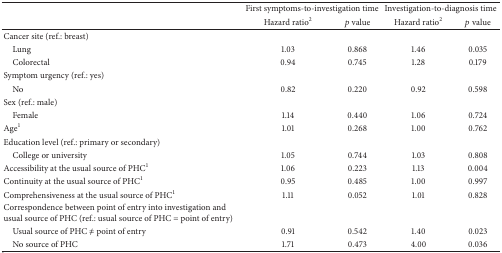
<table><thead><tr><td><b> </b></td><td colspan="2"><b>First symptoms-to-investigation time</b></td><td colspan="2"><b>Investigation-to-diagnosis time</b></td></tr><tr><td><b> </b></td><td><b>Hazard ratio<sup>2</sup></b></td><td><b><i>p</i> value</b></td><td><b>Hazard ratio<sup>2</sup></b></td><td><b><i>p</i> value</b></td></tr></thead><tbody><tr><td>Cancer site (ref.: breast)</td><td> </td><td> </td><td> </td><td> </td></tr><tr><td> Lung</td><td>1.03</td><td>0.868</td><td>1.46</td><td>0.035</td></tr><tr><td> Colorectal</td><td>0.94</td><td>0.745</td><td>1.28</td><td>0.179</td></tr><tr><td>Symptom urgency (ref.: yes)</td><td> </td><td> </td><td> </td><td> </td></tr><tr><td> No</td><td>0.82</td><td>0.220</td><td>0.92</td><td>0.598</td></tr><tr><td>Sex (ref.: male)</td><td> </td><td> </td><td> </td><td> </td></tr><tr><td> Female</td><td>1.14</td><td>0.440</td><td>1.06</td><td>0.724</td></tr><tr><td>Age<sup>1</sup></td><td>1.01</td><td>0.268</td><td>1.00</td><td>0.762</td></tr><tr><td>Education level (ref.: primary or secondary)</td><td> </td><td> </td><td> </td><td> </td></tr><tr><td> College or university</td><td>1.05</td><td>0.744</td><td>1.03</td><td>0.808</td></tr><tr><td>Accessibility at the usual source of PHC<sup>1</sup></td><td>1.06</td><td>0.223</td><td>1.13</td><td>0.004</td></tr><tr><td>Continuity at the usual source of PHC<sup>1</sup></td><td>0.95</td><td>0.485</td><td>1.00</td><td>0.997</td></tr><tr><td>Comprehensiveness at the usual source of PHC<sup>1</sup></td><td>1.11</td><td>0.052</td><td>1.01</td><td>0.828</td></tr><tr><td>Correspondence between point of entry into investigation and usual source of PHC (ref.: usual source of PHC = point of entry)</td><td> </td><td> </td><td> </td><td> </td></tr><tr><td> Usual source of PHC ≠ point of entry</td><td>0.91</td><td>0.542</td><td>1.40</td><td>0.023</td></tr><tr><td> No source of PHC</td><td>1.71</td><td>0.473</td><td>4.00</td><td>0.036</td></tr></tbody></table>